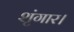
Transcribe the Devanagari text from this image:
शृंगार।